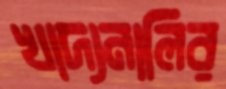
খাদ্যনালির